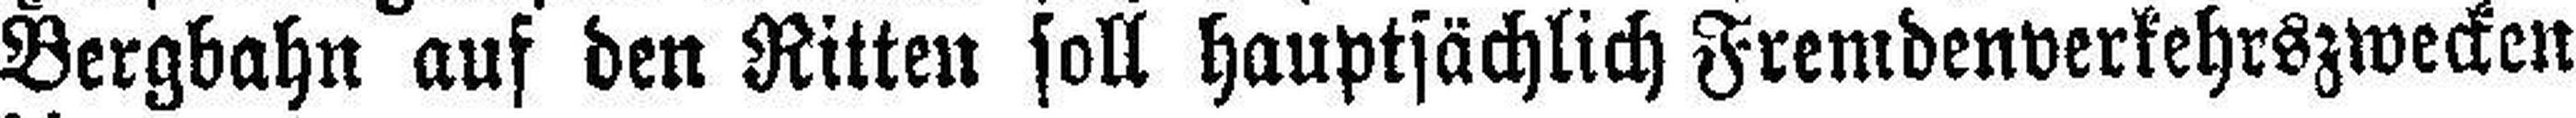
Bergbahn auf den Ritten soll hauptsächlich Fremdenverkehrszwecken